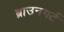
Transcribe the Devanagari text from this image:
ब्राउनगर्ट